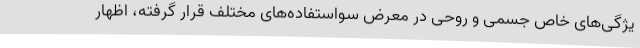
یژگی‌های خاص جسمی و روحی در معرض سواستفاده‌های مختلف قرار گرفته، اظهار